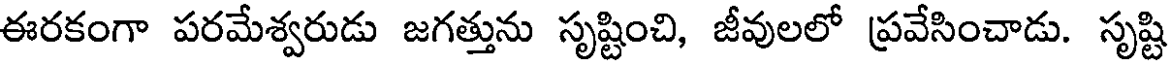
ఈరకంగా పరమేశ్వరుడు జగత్తును సృష్టించి, జీవులలో ప్రవేసించాడు. సృష్టి